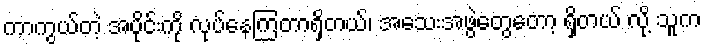
ကာကွယ်တဲ့ အပိုင်းကို လုပ်နေကြတာရှိတယ်၊ အသေးအဖွဲတွေတော့ ရှိတယ် လို့ သူက